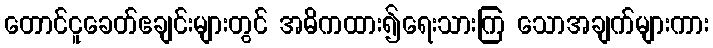
တောင်ငူခေတ်ဧချင်းများတွင် အဓိကထား၍ရေးသားကြ သောအချက်များကား